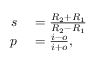
\begin{array} { r l } { s } & { { } = { \frac { R _ { 2 } + R _ { 1 } } { R _ { 2 } - R _ { 1 } } } } \\ { p } & { { } = { \frac { i - o } { i + o } } , } \end{array}